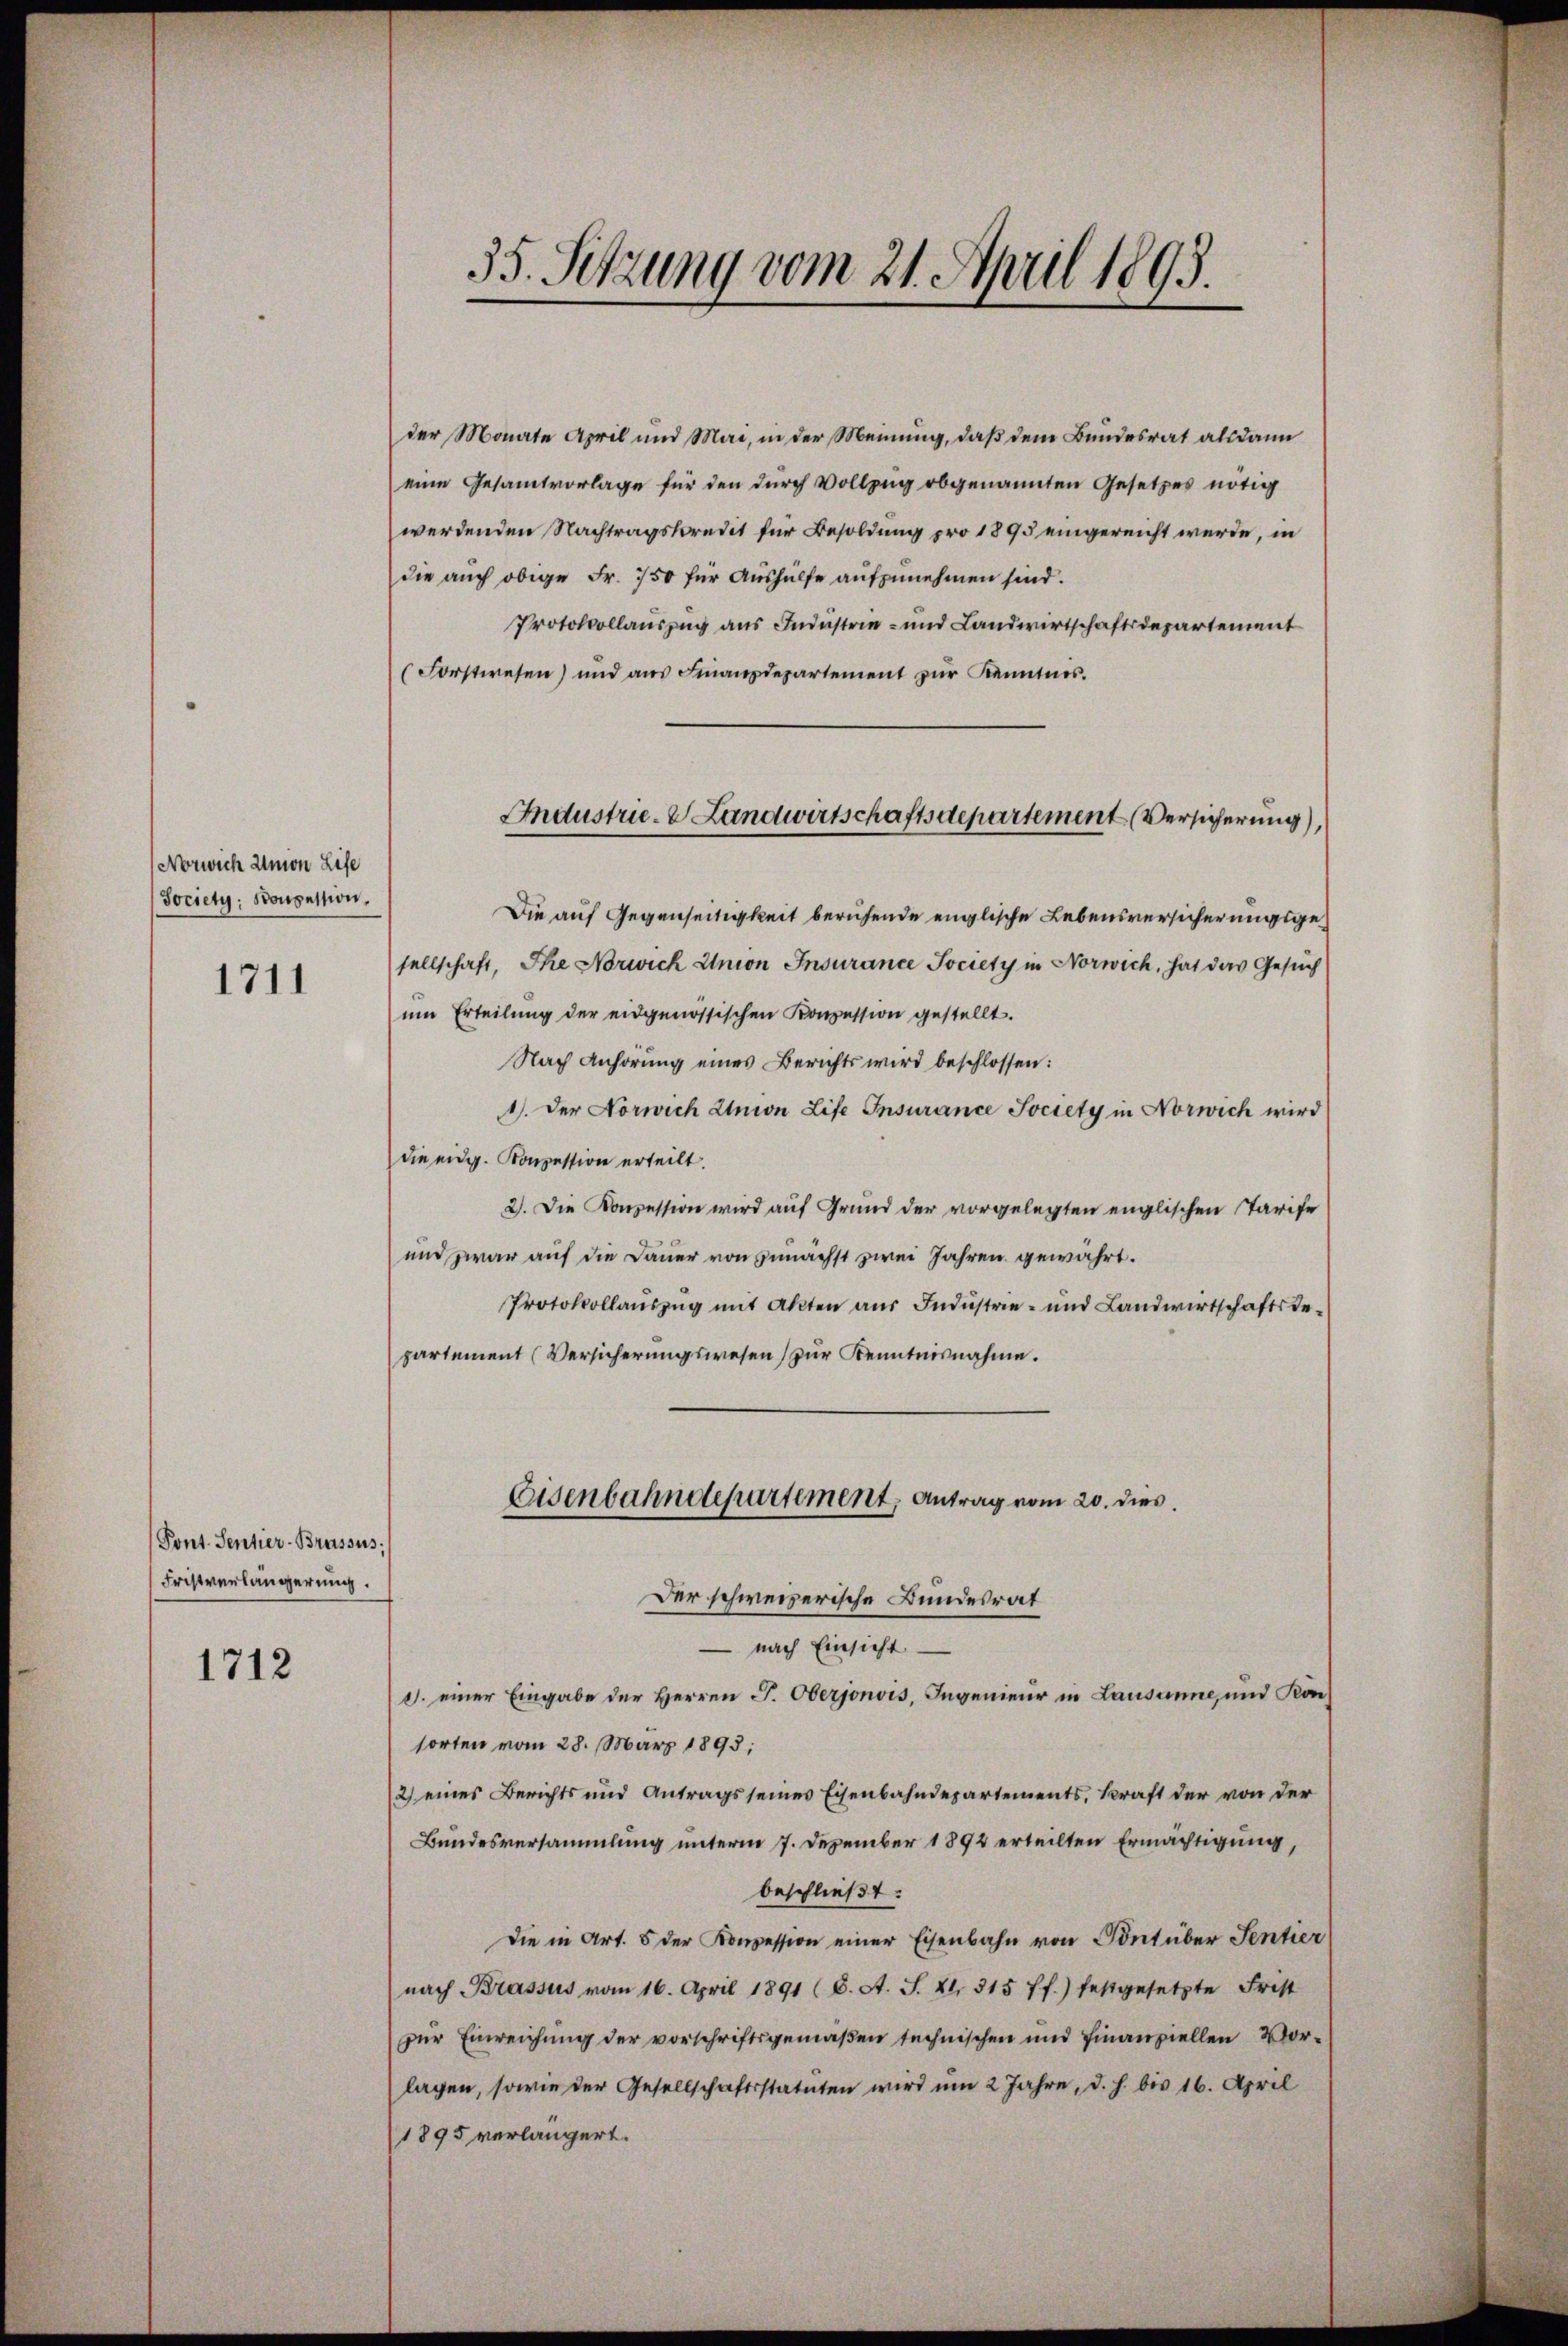
Norwich Union Lise
(Society, Boupession.

1711

Pont. Sentier-Brüssus;
Fristverlängerung.

1712

35. Setzung vom 21. April 1893.

der Monate April und Mai, in der Meinung, daß dem Bundesrat alsdann
eine Gesamtvorlage für den durch Vollzug obgenannten Gesetzes nötig
werdenden Nachtragskredit für Besoldung pro 1895 eingereicht werde, in
die auch obige Fr. 750 für Aushülfe aufzunehmen sind.
Protokollauszug aus Industrie- und Landwirtschaftsdepartement
Forstwesen) und aus Finanzdepartement zur Kenntnis.
Die auf Gegenseitigkeit beruhende englische Lebensversicherungsgesellschaft, Ihe Norwich Union Insurance Society in Norwich, hat das Gesuch
um Erteilung der eidgenössischen Konzession gestellt.
Nach Anhörung eines Berichts wird beschlossen:
1. Der Norwich Union Lise Insurance Society in Norwich wird
die eidg. Konzession erteilt.
2). Die Konzession wird auf Grund der vorgelegten englischen Tarife
und zwar auf die Dauer von zunächst zwei Jahren gewährt.
Protokollauszug mit Akten aus Industrie- und Landwirtschaftstepartement (Versicherungswesen zur Kenntnisnahme.

Industrie- & Landwirtschaftsdepartement (Versicherung),

Eisenbahndepartement, Antrag vom 20. dies
Der schweizerische Bundesrat
 nach Einsicht

d. einer Eingabe der Herren J. Oberjonvis, Ingenieur in Lausanne, und Kön
sorten vom 28. März 1893;
2) eines Berichts und Antrags seines Eisenbahndepartements, Kraft der von der
Bundesversammlung unterm 7. Dezember 1892 erteilten Ermächtigung,
beschließt:
Die in Art. 5 der Konzession einer Eisenbahn von Sont über Sentier
nach Brassus vom 16. April 1891 (8. A. S. XI. 315 ff.) festgesetzte Frist
zŭr Einreichung der vorschriftsgemäβen technischen und finanziellen Vorlagen, sowie der Gesellschaftsstatuten wird um 2 Jahre, d. h. bis 16. April
1895 verlängert.